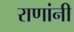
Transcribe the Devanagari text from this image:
राणांनी